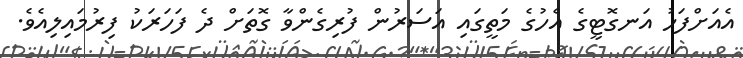
އެއަށްފަހު އަނގޮޓީގެ އެހުގެ މަތީގައި އަސަރުން ފުރިގެންވާ ގޮތަށް ދެ ފަހަރަކު ފިރުމައިލިއެވެ.